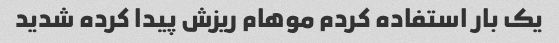
یک بار استفاده کردم موهام ریزش پیدا کرده شدید